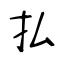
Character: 払